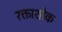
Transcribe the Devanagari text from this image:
रक्ताशोक